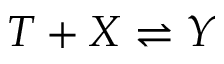
T + X \rightleftharpoons Y